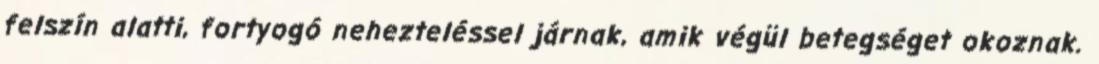
felszín alatti, fortyogó nehezteléssel járnak, amik végül betegséget okoznak.